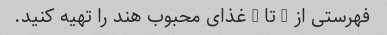
فهرستی از 3 تا 5 غذای محبوب هند را تهیه کنید.